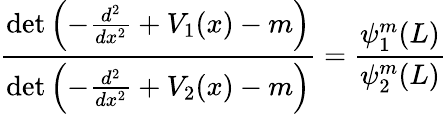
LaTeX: {\frac{\operatorname*{det}\left(-{\frac{d^{2}}{dx^{2}}}+V_{1}(x)-m\right)}{\operatorname*{det}\left(-{\frac{d^{2}}{dx^{2}}}+V_{2}(x)-m\right)}}={\frac{\psi_{1}^{m}(L)}{\psi_{2}^{m}(L)}}